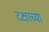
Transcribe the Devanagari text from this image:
दक्षाच्या